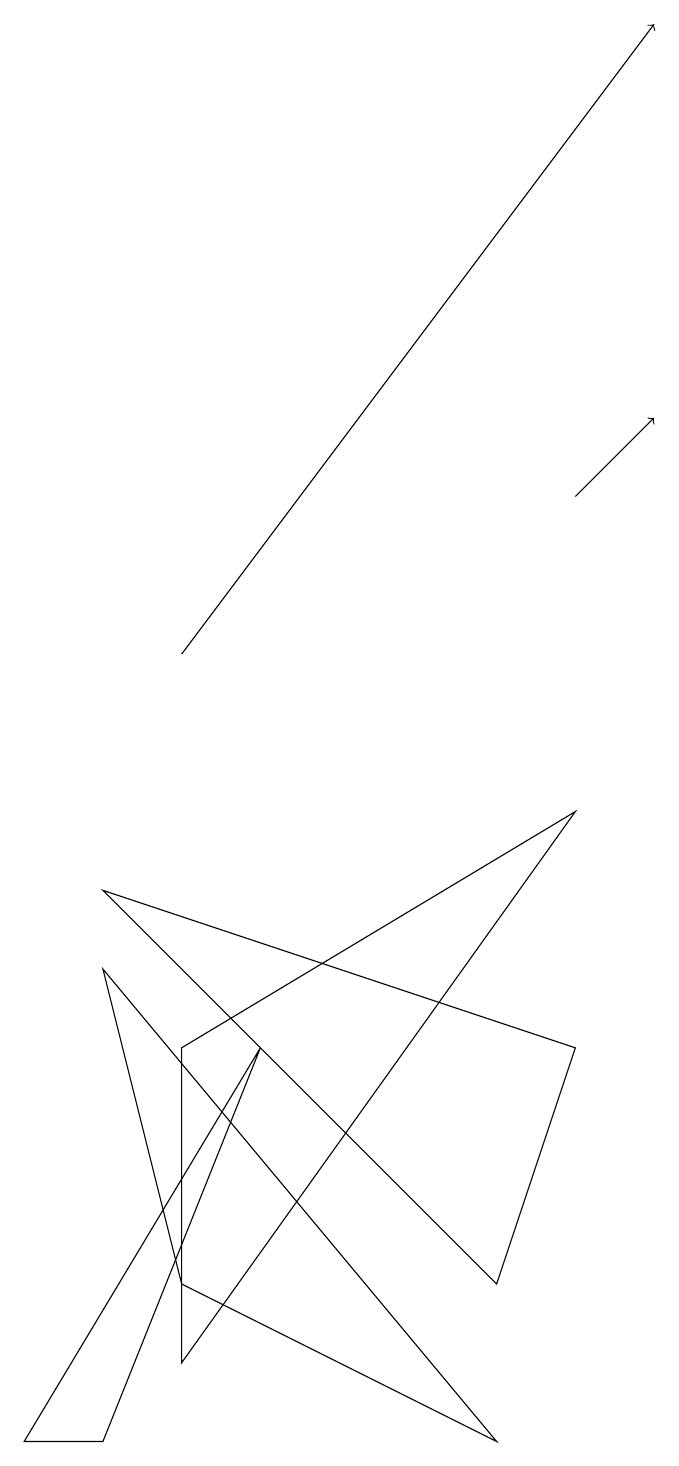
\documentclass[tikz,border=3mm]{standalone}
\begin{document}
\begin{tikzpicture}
\draw[->] (2,11) -- (8,19);
\draw (7,6) -- (1,8) -- (6,3) -- cycle;
\draw[->] (7,13) -- (8,14);
\draw (6,1) -- (1,7) -- (2,3) -- cycle;
\draw (1,1) -- (0,1) -- (3,6) -- cycle;
\draw (2,6) -- (7,9) -- (2,2) -- cycle;
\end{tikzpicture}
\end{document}